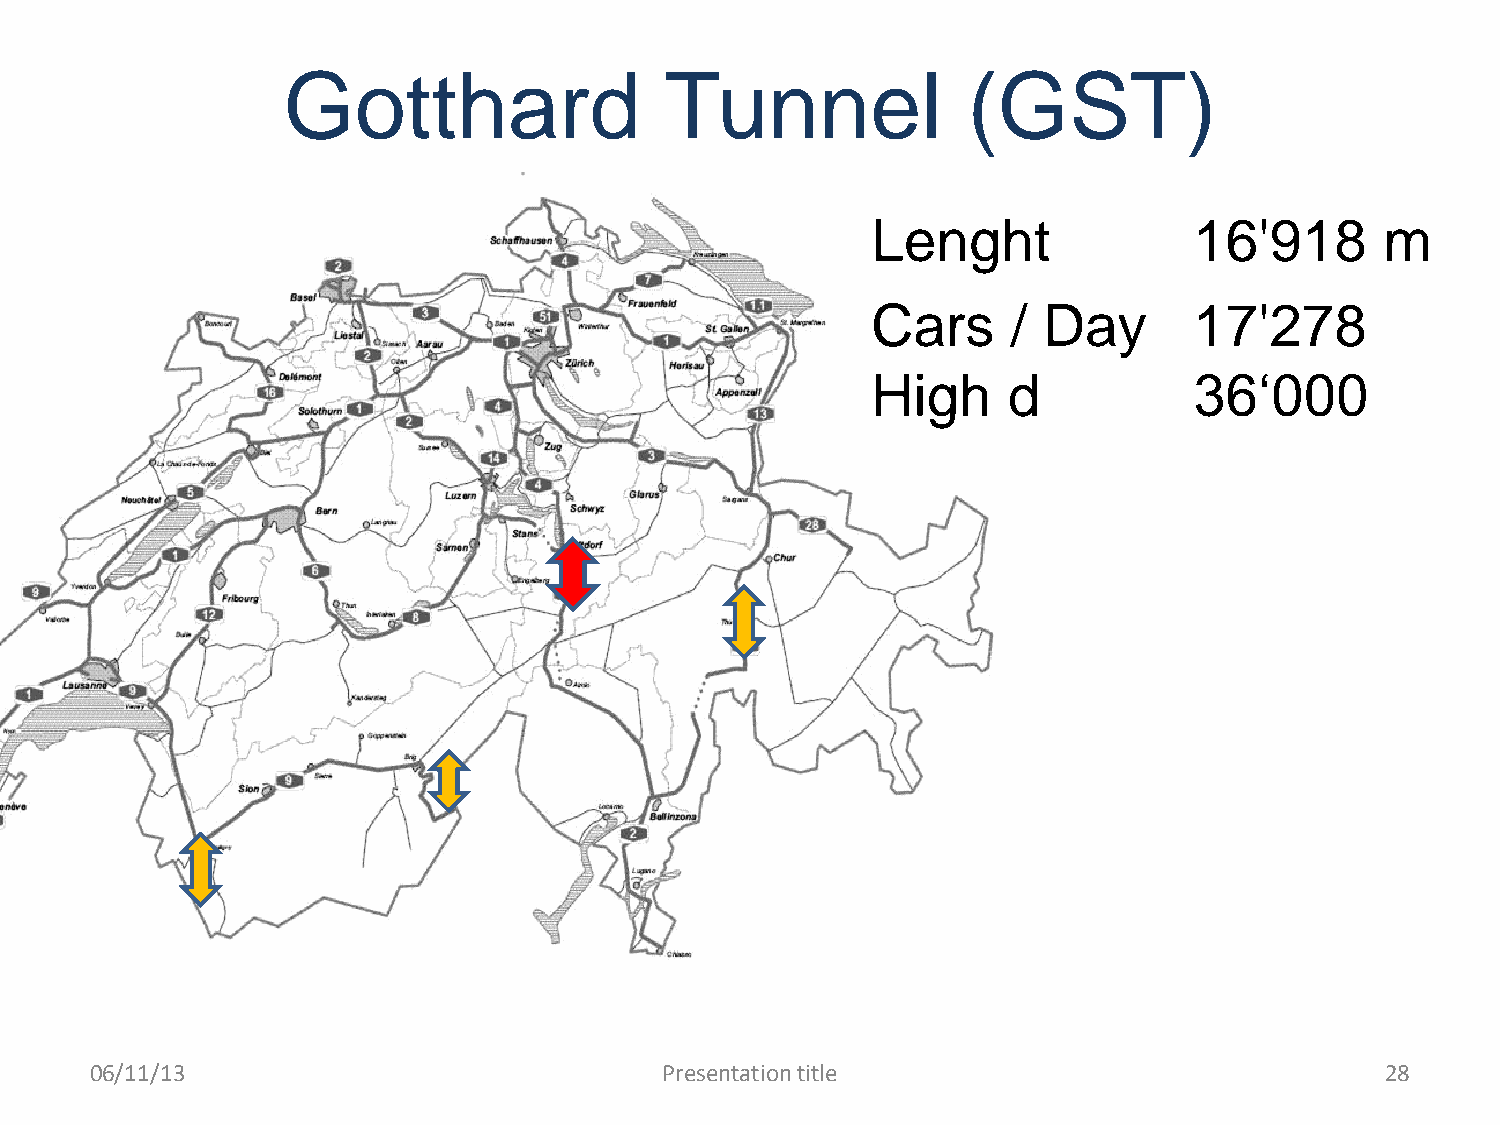
Gotthard                 Tunnel              (GST)
 Lenght               16'918       m
 Cars     / Day       17'278
 High     d           36‘000
 06/11/13                              Presentation title                              28